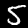
Label: 5